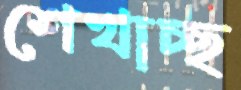
শেখাচ্ছ